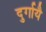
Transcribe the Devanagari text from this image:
दुर्गायै